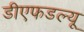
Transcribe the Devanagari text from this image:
डीएफडल्‍यू